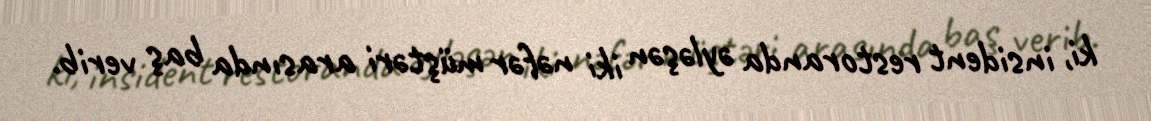
ki, insident restoranda əyləşən iki nəfər müştəri arasında baş verib.